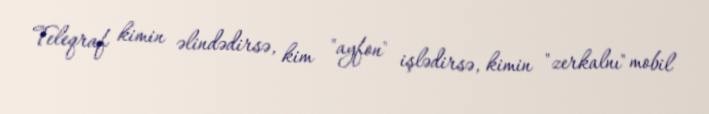
Teleqraf kimin əlindədirsə, kim "ayfon" işlədirsə, kimin "zerkalnı" mobil